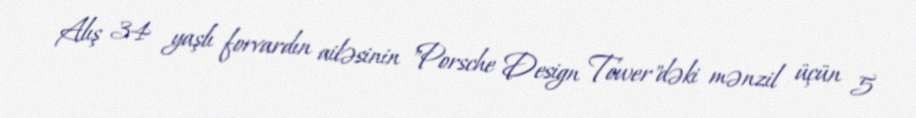
Alış 34 yaşlı forvardın ailəsinin "Porsche Design Tower"dəki mənzil üçün 5